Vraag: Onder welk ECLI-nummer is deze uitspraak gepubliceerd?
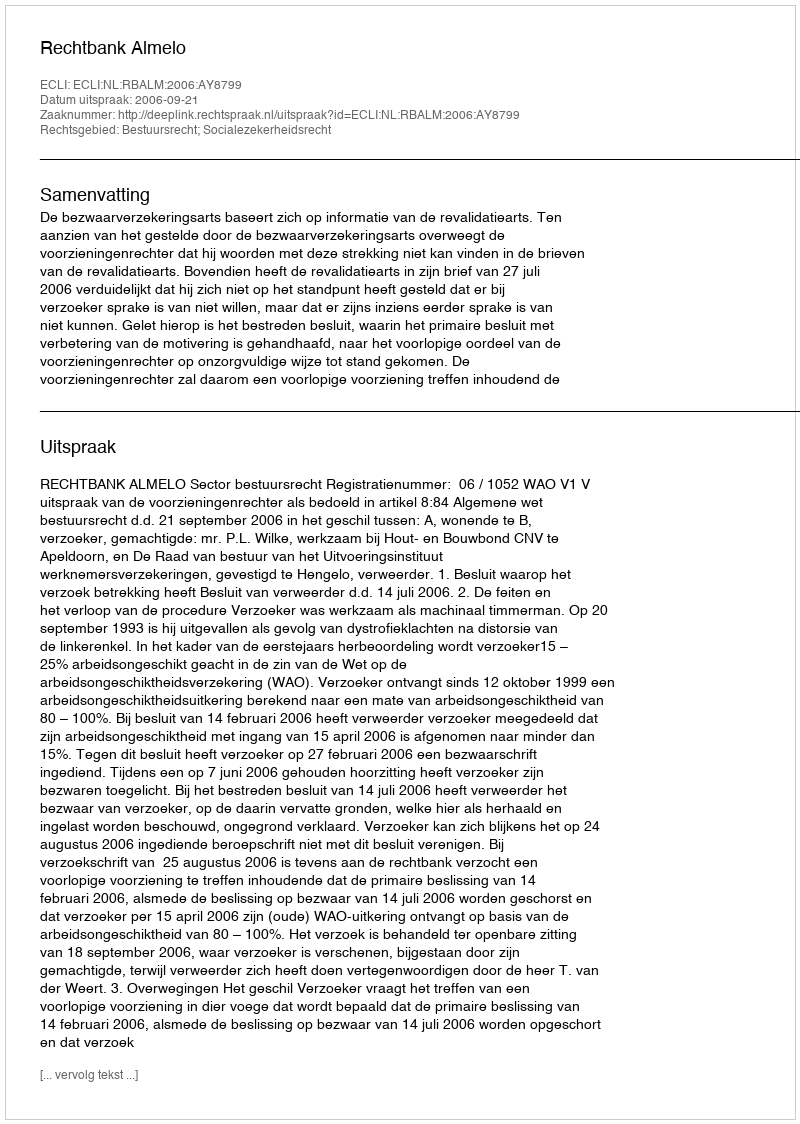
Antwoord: ECLI:NL:RBALM:2006:AY8799